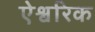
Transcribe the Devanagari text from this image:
ऐश्वरिक